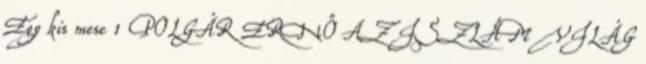
Egy kis mese 1 POLGÁR ERNŐ AZ ISZLÁM VILÁG